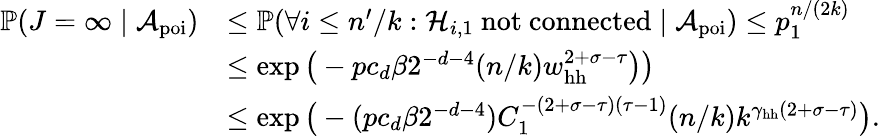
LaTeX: \begin{array}{rl}{\mathbb{P}(J=\infty\mid{\mathcal A}_{\mathrm{poi}})}&{\le\mathbb{P}(\forall i\le n^{\prime}/k:{\mathcal H}_{i,1}\mathrm{~not~connected}\mid{\mathcal A}_{\mathrm{poi}})\le p_{1}^{n/(2k)}}\\ &{\le\exp\big(-pc_{d}\beta 2^{-d-4}(n/k)w_{\mathrm{hh}}^{2+\sigma-\tau}\big)\big)}\\ &{\le\exp\big(-(pc_{d}\beta 2^{-d-4})C_{1}^{-(2+\sigma-\tau)(\tau-1)}(n/k)k^{\gamma_{\mathrm{hh}}(2+\sigma-\tau)}\big).}\end{array}